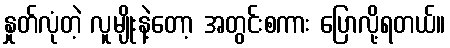
နှုတ်လုံတဲ့ လူမျိုးနဲ့တော့ အတွင်းစကား ပြောလို့ရတယ်။